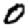
Digit: 0